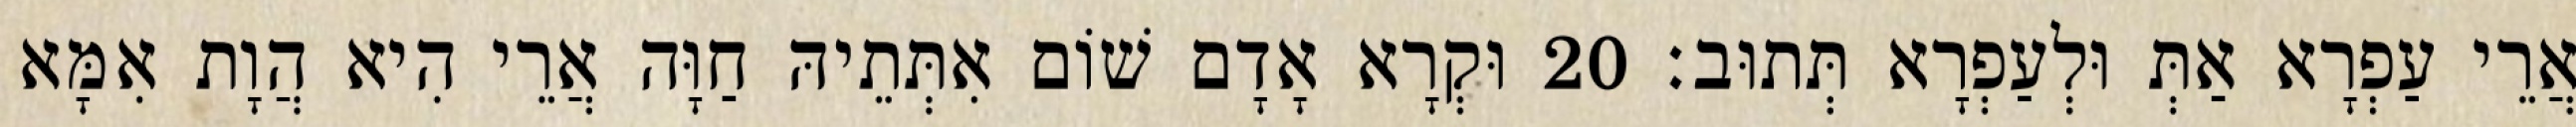
אֲרֵי עַפְרָא אַתְּ וּלְעַפְרָא תְּתוּב׃ 20 וּקְרָא אָדָם שׁוֹם אִתְּתֵיהּ חַוָּה אֲרֵי הִיא הֲוָת אִמָּא